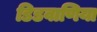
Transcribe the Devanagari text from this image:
डिडवाणिया